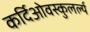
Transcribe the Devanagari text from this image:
कर्दिओवस्कुलर्ल्य